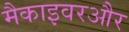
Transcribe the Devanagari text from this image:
मैकाइवरऔर